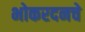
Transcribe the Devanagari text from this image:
भोकरदनचे